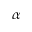
\alpha